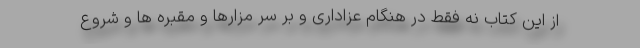
از این کتاب نه فقط در هنگام عزاداری و بر سر مزارها و مقبره ها و شروع